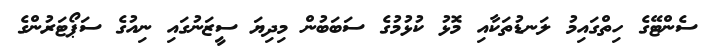
ސެންޓޭގެ ހިތްގައިމު ލަނޑުތަކާއި މޮޅު ކުޅުމުގެ ސަބަބުން މިދިޔަ ސީޒަނުގައި ނިއުގެ ސަޕޯޓަރުންގެ